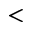
<